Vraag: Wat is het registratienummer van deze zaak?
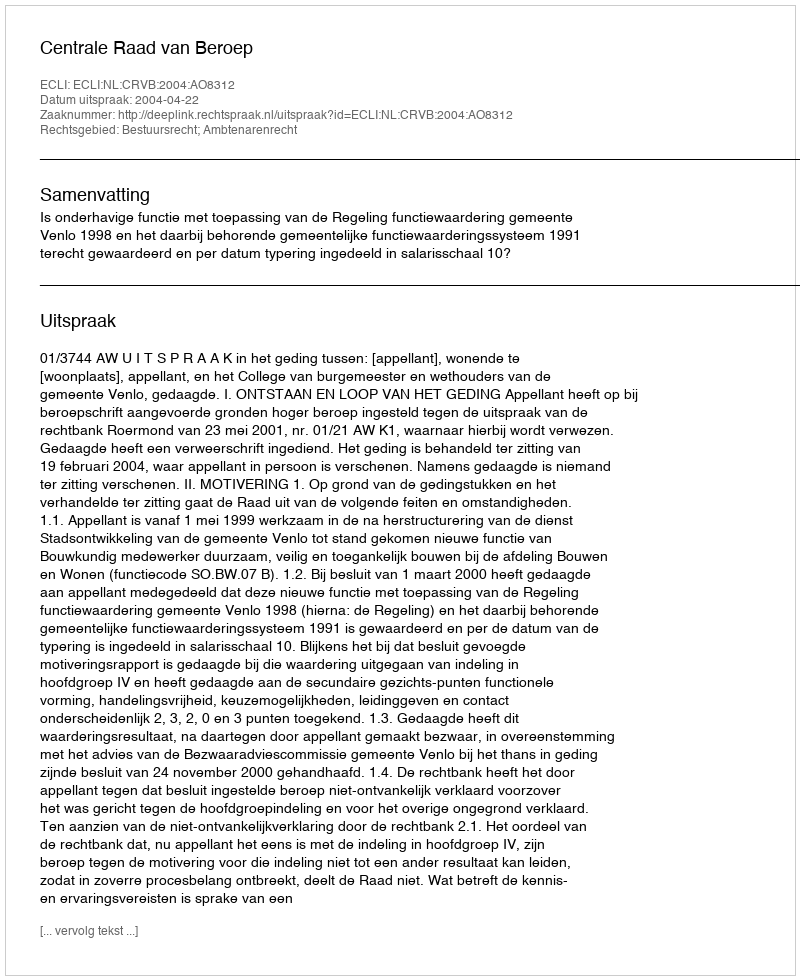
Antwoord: http://deeplink.rechtspraak.nl/uitspraak?id=ECLI:NL:CRVB:2004:AO8312